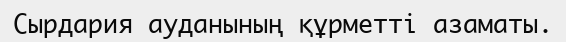
Сырдария ауданының құрметті азаматы.